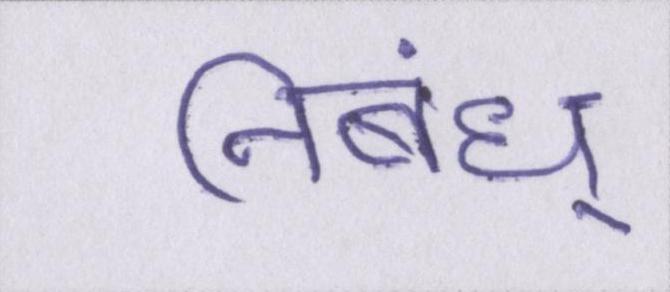
निबंध्